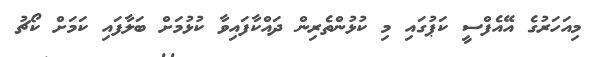
މިއަހަރުގެ އޭއެފްސީ ކަޕުގައި މި ކުޅުންތެރިން ދައްކާފައިވާ ކުޅުމަށް ބަލާފައި ކަމަށް ކޯޗު